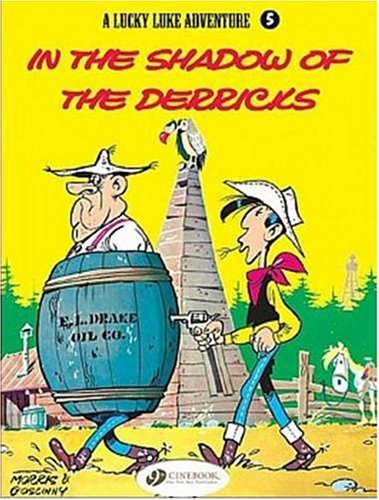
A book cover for A Lucky Luke Adventure : In the Shadow of the Derricks (Lucky Luke) (v. 5); Morris; Comics & Graphic Novels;